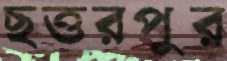
ছত্তরপুর